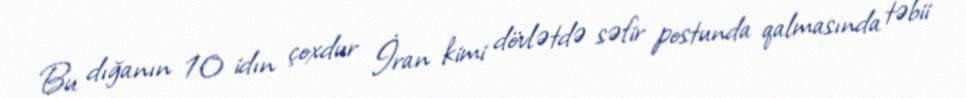
Bu dığanın 10 idın çoxdur İran kimi dövlətdə səfir postunda qalmasında təbii